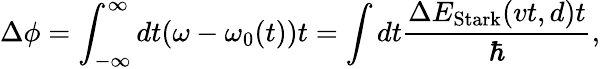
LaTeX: \Delta\phi=\int_{-\infty}^{\infty}dt(\omega-\omega_{0}(t))t=\int dt\frac{\Delta E_{\mathrm{Stark}}(vt,d)t}{\hbar},